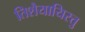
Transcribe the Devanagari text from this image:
तिशैयायिरत्तु